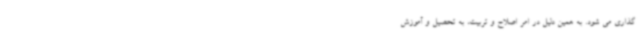
گذاری می شود. به همین دلیل در امر اصلاح و تربیت، به تحصیل و آموزش